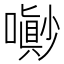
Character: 𡂌